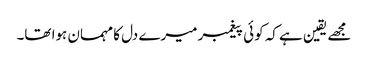
مجھے یقین ہے کہ کوئی پیغمبر میرے دل کا مہمان ہوا تھا۔